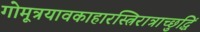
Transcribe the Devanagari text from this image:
गोमूत्रयावकाहारस्त्रिरात्राच्छुद्धिं